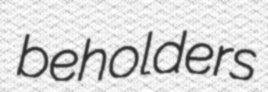
beholders